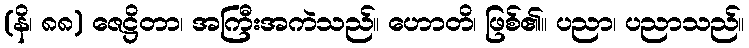
(နိ၊ ၈၈) ဇေဋ္ဌိတာ၊ အကြီးအကဲသည်။ ဟောတိ၊ ဖြစ်၏။ ပညာ၊ ပညာသည်။